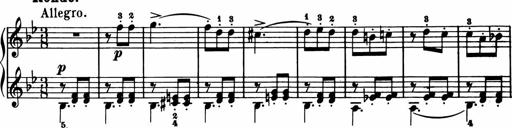
Title: 11 Sonatinas for Piano Solo
Composer: Anton Diabelli